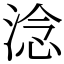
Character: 淰